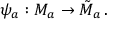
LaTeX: \psi _ { a } : { \cal M } _ { a } \to \tilde { { \cal M } } _ { a } \, .